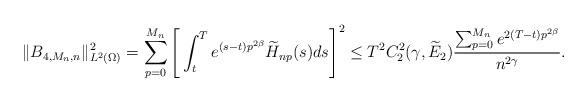
LaTeX: \begin{align*}\|B_{4,M_n,n}\|^2_{L^2(\Omega)}&=\sum_{p=0}^{M_n} \Bigg[ \int_t^T e^{(s-t)p^{2\beta}} \widetilde {H}_{np}(s)ds\Bigg]^2 \le T^2 C_2^2(\gamma, \widetilde E_2) \frac{ \sum_{p=0}^{M_n} e^{2(T-t)p^{2\beta}}}{n^{2\gamma}}.\end{align*}